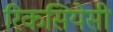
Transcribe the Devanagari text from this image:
रिकसियेसी